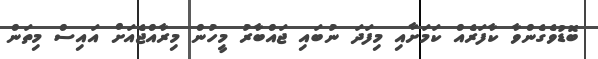
ބޮޑުވެގެންވާ ކާފަރެއް ކަމަށާއި މިފަދަ ނުބައި ޖައްބާރު މީހުން މިރާއްޖެއަށް އައިސް މިތަން